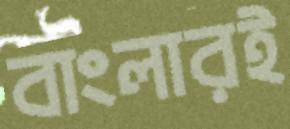
বাংলারই